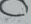
أبحرت